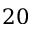
2 0